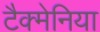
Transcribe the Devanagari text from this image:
टैक्मेनिया